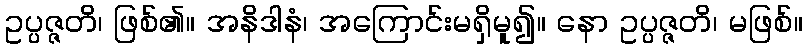
ဥပ္ပဇ္ဇတိ၊ ဖြစ်၏။ အနိဒါနံ၊ အကြောင်းမရှိမူ၍။ နော ဥပ္ပဇ္ဇတိ၊ မဖြစ်။